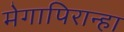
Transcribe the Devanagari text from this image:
मेगापिरान्हा